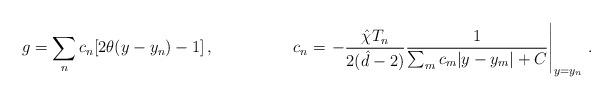
LaTeX: \begin{align*}g= \sum_{n}c_{n}[2\theta(y-y_{n})-1]\, , \hspace{2cm}c_{n} = \left.-\frac{\hat{\chi} T_{n}}{2(\hat{d}-2)}\frac{1}{\sum_{m}c_{m}|y-y_{m}|+C}\right|_{y=y_{n}}\, .\end{align*}